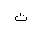
Letter: _ta